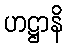
ဟဋ္ဌာနိ